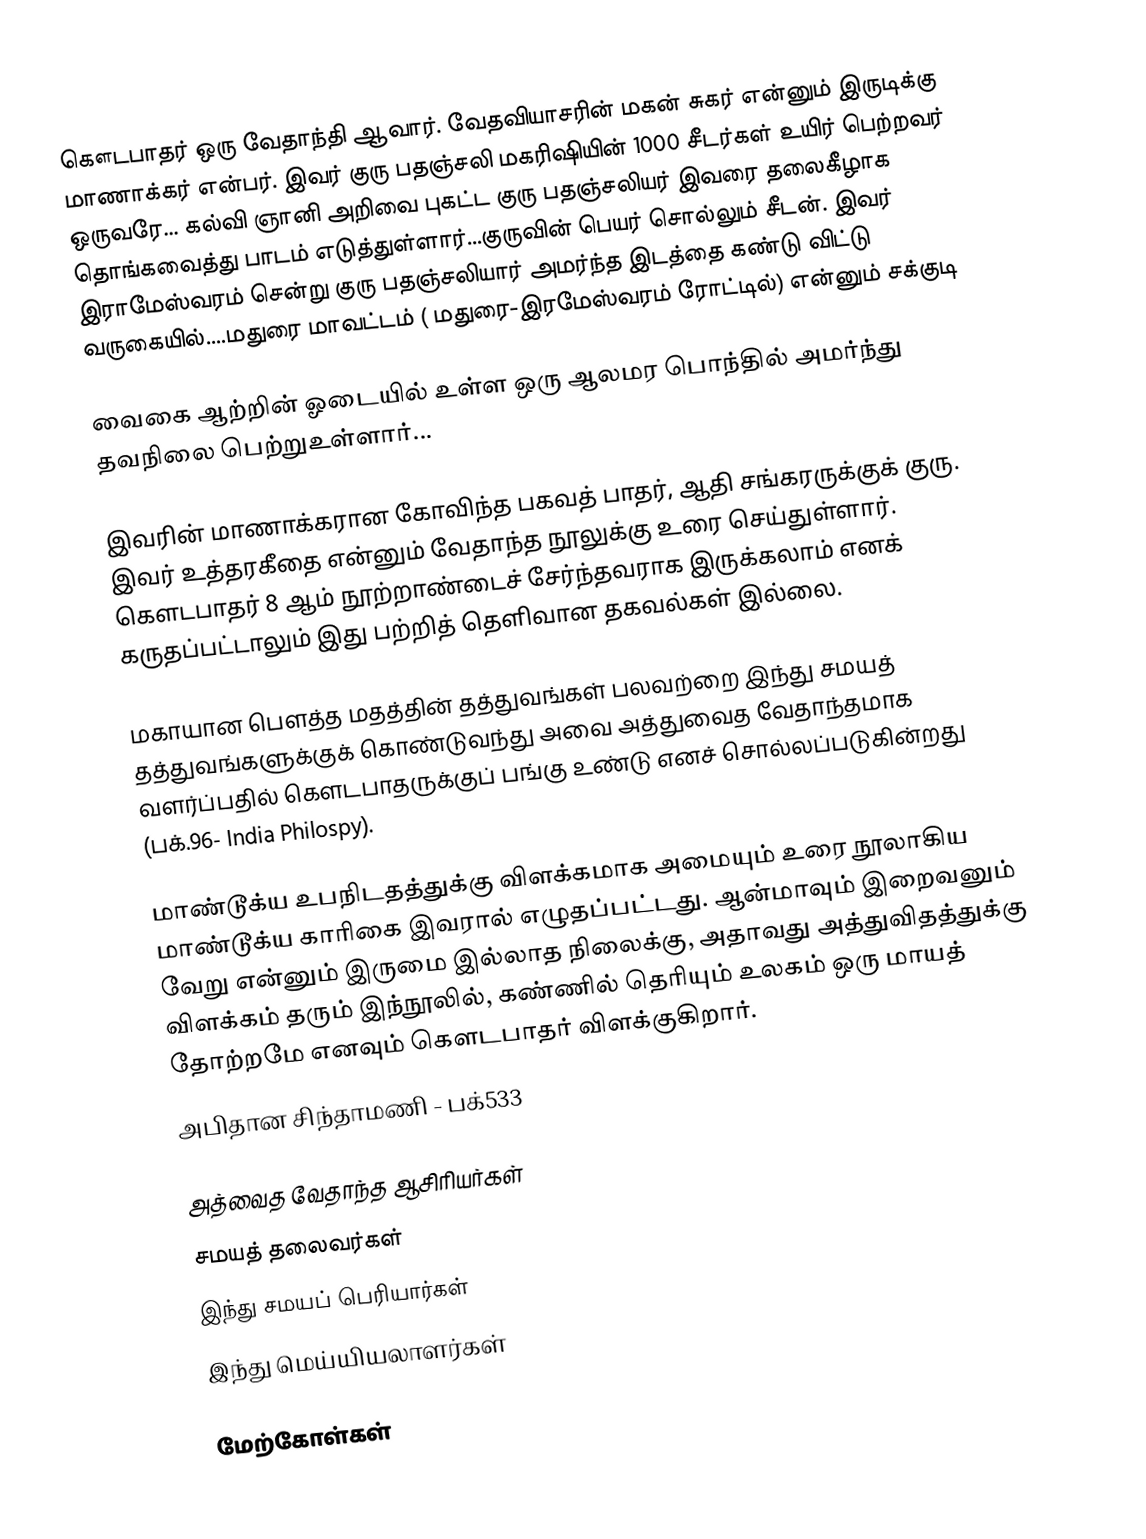
கௌடபாதர் ஒரு  வேதாந்தி ஆவார். வேதவியாசரின் மகன் சுகர் என்னும் இருடிக்கு மாணாக்கர் என்பர்.  இவர் குரு பதஞ்சலி மகரிஷியின் 1000 சீடர்கள் உயிர் பெற்றவர் ஒருவரே... கல்வி ஞானி அறிவை புகட்ட குரு பதஞ்சலியர் இவரை தலைகீழாக தொங்கவைத்து பாடம் எடுத்துள்ளார்...குருவின் பெயர் சொல்லும் சீடன். இவர் இராமேஸ்வரம் சென்று குரு பதஞ்சலியார் அமர்ந்த இடத்தை கண்டு விட்டு வருகையில்....மதுரை மாவட்டம் ( மதுரை-இரமேஸ்வரம் ரோட்டில்) என்னும் சக்குடி

வைகை ஆற்றின் ஓடையில் உள்ள ஒரு ஆலமர பொந்தில் அமர்ந்து தவநிலை பெற்றுஉள்ளார்...

இவரின் மாணாக்கரான கோவிந்த பகவத் பாதர்,  ஆதி சங்கரருக்குக் குரு. இவர் உத்தரகீதை என்னும் வேதாந்த நூலுக்கு உரை செய்துள்ளார். கௌடபாதர் 8 ஆம் நூற்றாண்டைச் சேர்ந்தவராக இருக்கலாம் எனக் கருதப்பட்டாலும் இது பற்றித் தெளிவான தகவல்கள் இல்லை.

மகாயான பௌத்த மதத்தின் தத்துவங்கள் பலவற்றை இந்து சமயத் தத்துவங்களுக்குக் கொண்டுவந்து அவை அத்துவைத வேதாந்தமாக வளர்ப்பதில் கௌடபாதருக்குப் பங்கு உண்டு எனச் சொல்லப்படுகின்றது (பக்.96- India Philospy).

மாண்டூக்ய உபநிடதத்துக்கு விளக்கமாக அமையும் உரை நூலாகிய மாண்டூக்ய காரிகை இவரால் எழுதப்பட்டது. ஆன்மாவும் இறைவனும் வேறு என்னும் இருமை இல்லாத நிலைக்கு, அதாவது அத்துவிதத்துக்கு விளக்கம் தரும் இந்நூலில், கண்ணில் தெரியும் உலகம் ஒரு மாயத் தோற்றமே எனவும் கௌடபாதர் விளக்குகிறார்.
 அபிதான சிந்தாமணி - பக்533

அத்வைத வேதாந்த ஆசிரியர்கள்
சமயத் தலைவர்கள்
இந்து சமயப் பெரியார்கள்
இந்து மெய்யியலாளர்கள்

மேற்கோள்கள்